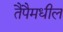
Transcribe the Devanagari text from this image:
तैपैमधील